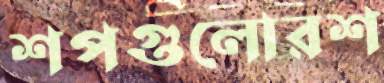
শপগুলোরশ